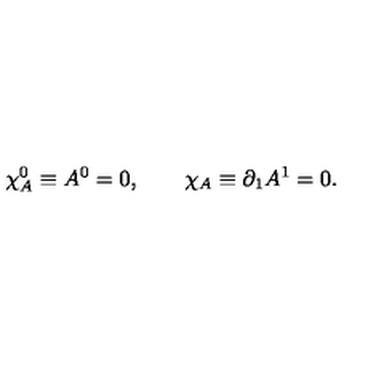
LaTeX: \chi _ { A } ^ { 0 } \equiv A ^ { 0 } = 0 , \qquad \chi _ { A } \equiv \partial _ { 1 } A ^ { 1 } = 0 .